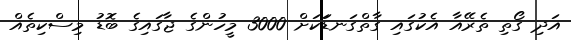
އަދި ގޯތި ތެރޭއާ އެކުގައި ގާތްގަނޑަަކަށް 3000 މީހުންގެ ޖާގައިގެ ބޮޑު މިސްކިތެއް